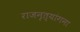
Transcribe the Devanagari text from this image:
राजनृत्यांगना